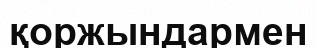
қоржындармен